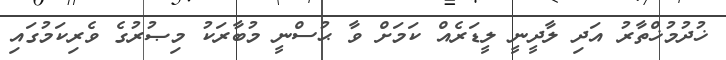
ޚުދުމުޚްތާރު އަދި ލާދީނީ ލީޑަރެއް ކަމަށް ވާ ޙުސްނީ މުބާރަކު މިޞުރުގެ ވެރިކަމުގައި